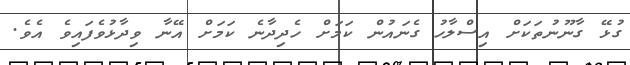
ގުޅޭ ގާނޫނުތަކަށް އިސްލާހު ގެނައުން ކަމަށް ހެދިދާނެ ކަމަށް އޭނާ ވިދާޅުވެފައިވެ އެވެ.